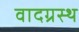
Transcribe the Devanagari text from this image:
वादग्रस्थ